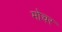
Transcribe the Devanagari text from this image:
मोचर